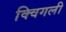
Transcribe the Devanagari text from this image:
क्विगली